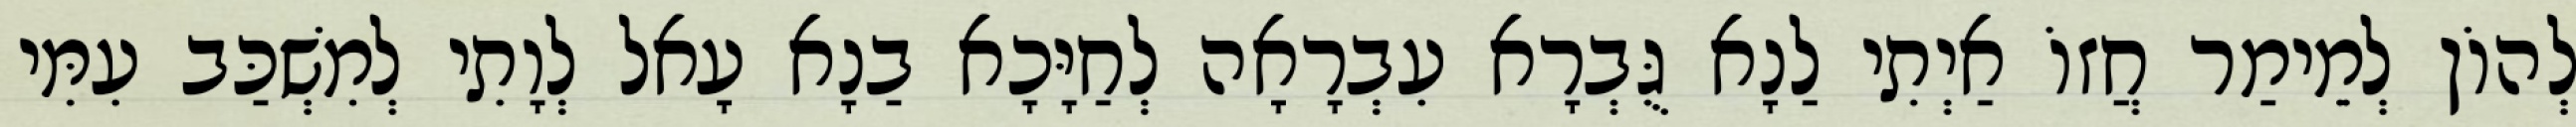
לְהוֹן לְמֵימַר חֲזוֹ אַיְתִי לַנָא גֻּבְרָא עִבְרָאָה לְחַיָּכָא בַנָא עָאל לְוָתִי לְמִשְׁכַּב עִמִּי